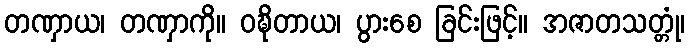
တဏှာယ၊ တဏှာကို။ ဝဍ္ဎိတာယ၊ ပွားစေ ခြင်းဖြင့်။ အဇာတသတ္တုံ၊